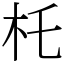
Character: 杔